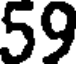
59